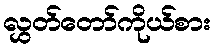
လွှတ်တော်ကိုယ်စား